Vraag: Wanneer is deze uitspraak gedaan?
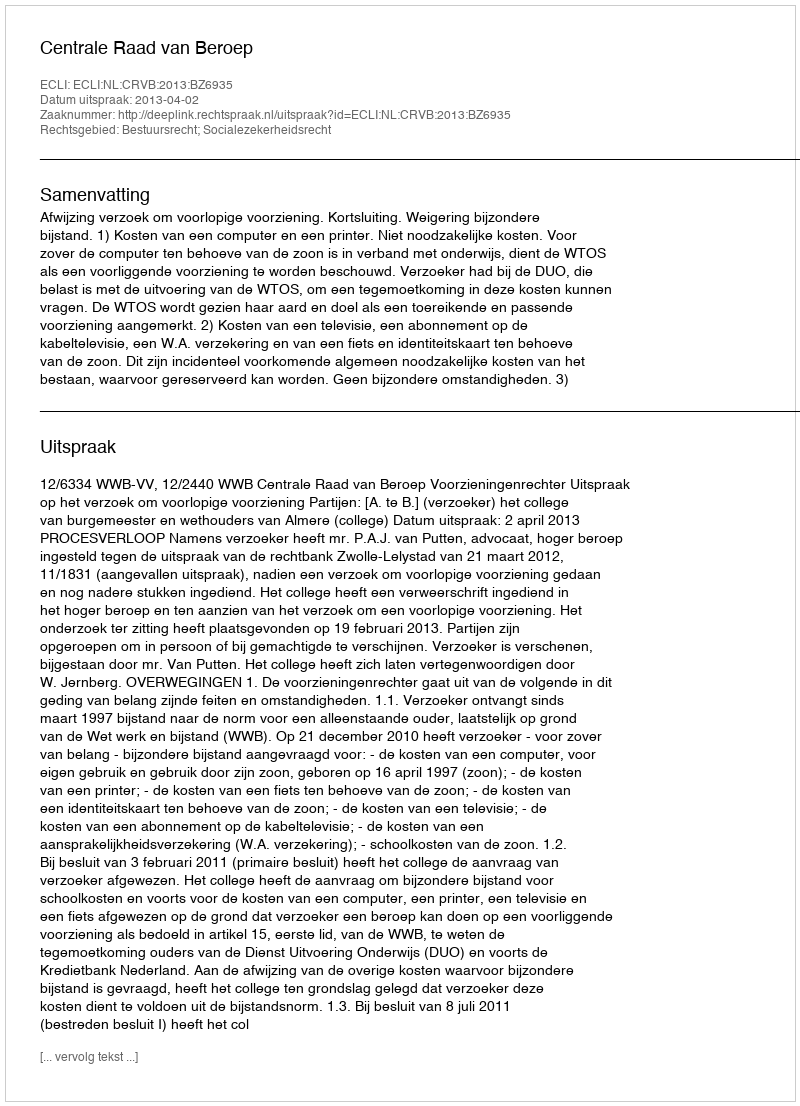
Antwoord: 2013-04-02